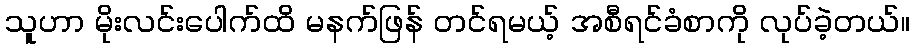
သူဟာ မိုးလင်းပေါက်ထိ မနက်ဖြန် တင်ရမယ့် အစီရင်ခံစာကို လုပ်ခဲ့တယ်။